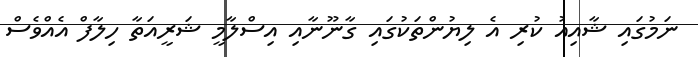
ނަމުގައި ޝާއިއު ކުރި އެ ލިޔުންތަކުގައި ގާނޫނާއި އިސްލާމީ ޝަރީއަތާ ހިލާފް އެއްވެސް